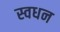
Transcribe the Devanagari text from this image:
स्वधन